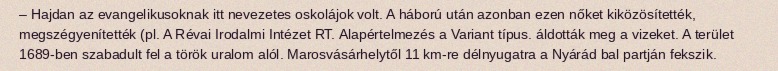
– Hajdan az evangelikusoknak itt nevezetes oskolájok volt. A háború után azonban ezen nőket kiközösítették, megszégyenítették (pl. A Révai Irodalmi Intézet RT. Alapértelmezés a Variant típus. áldották meg a vizeket. A terület 1689-ben szabadult fel a török uralom alól. Marosvásárhelytől 11 km-re délnyugatra a Nyárád bal partján fekszik.